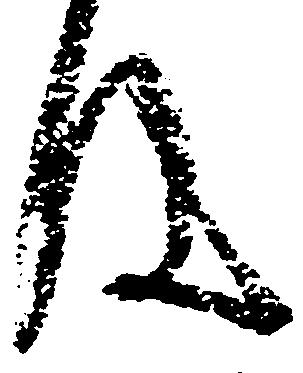
件